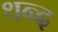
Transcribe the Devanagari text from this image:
थन्द